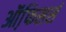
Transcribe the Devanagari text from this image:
ऑफि़सर्स